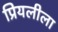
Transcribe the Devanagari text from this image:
प्रियलीला